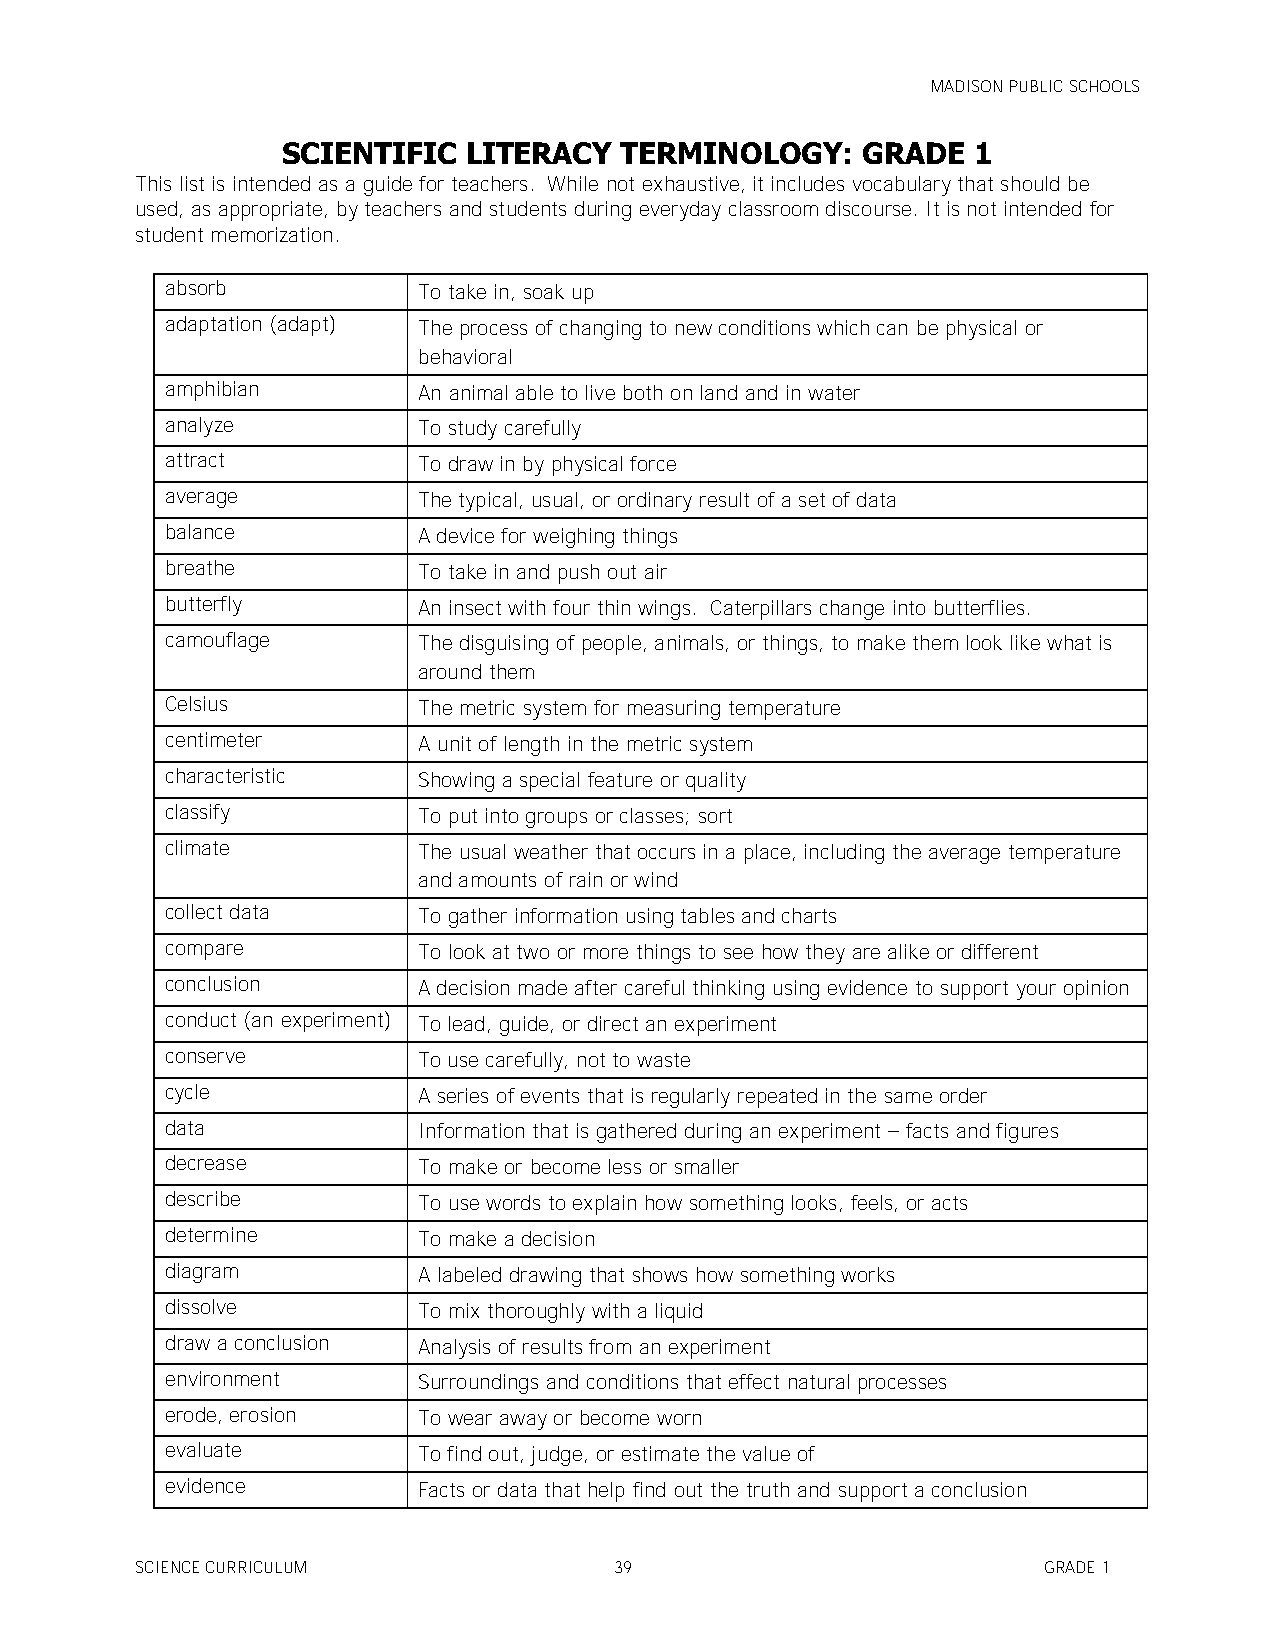
MADISON PUBLIC SCHOOLS
 SCIENTIFIC  LITERACY  TERMINOLOGY:    GRADE  1
 This list is intended as a guide for teachers. While not exhaustive, it includes vocabulary that should be
 used, as appropriate, by teachers and students during everyday classroom discourse. It is not intended for
 student memorization.
 absorb           To take in, soak up
 adaptation (adapt) The process of changing to new conditions which can be physical or
 behavioral
 amphibian        An animal able to live both on land and in water
 analyze          To study carefully
 attract          To draw in by physical force
 average          The typical, usual, or ordinary result of a set of data
 balance          A device for weighing things
 breathe          To take in and push out air
 butterfly        An insect with four thin wings. Caterpillars change into butterflies.
 camouflage       The disguising of people, animals, or things, to make them look like what is
 around them
 Celsius          The metric system for measuring temperature
 centimeter       A unit of length in the metric system
 characteristic   Showing a special feature or quality
 classify         To put into groups or classes; sort
 climate          The usual weather that occurs in a place, including the average temperature
 and amounts of rain or wind
 collect data     To gather information using tables and charts
 compare          To look at two or more things to see how they are alike or different
 conclusion       A decision made after careful thinking using evidence to support your opinion
 conduct (an experiment) To lead, guide, or direct an experiment
 conserve         To use carefully, not to waste
 cycle            A series of events that is regularly repeated in the same order
 data             Information that is gathered during an experiment – facts and figures
 decrease         To make or become less or smaller
 describe         To use words to explain how something looks, feels, or acts
 determine        To make a decision
 diagram          A labeled drawing that shows how something works
 dissolve         To mix thoroughly with a liquid
 draw a conclusion Analysis of results from an experiment
 environment      Surroundings and conditions that effect natural processes
 erode, erosion   To wear away or become worn
 evaluate         To find out, judge, or estimate the value of
 evidence         Facts or data that help find out the truth and support a conclusion
 SCIENCE CURRICULUM              39                          GRADE 1